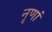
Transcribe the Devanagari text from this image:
नृणां